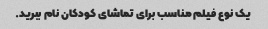
یک نوع فیلم مناسب برای تماشای کودکان نام ببرید.